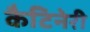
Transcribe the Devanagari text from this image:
कैटिनेरी